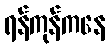
ရန်ကုန်ကနေ